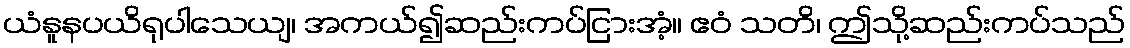
ယံနူနပယိရုပါသေယျ၊ အကယ်၍ဆည်းကပ်ငြားအံ့။ ဧဝံ သတိ၊ ဤသို့ဆည်းကပ်သည်